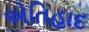
એતિહાદ